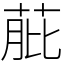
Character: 𦱔